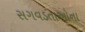
સગવડતાઓના